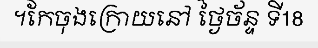
។កែចុងក្រោយនៅ ថ្ងៃច័ន្ទ ទី18